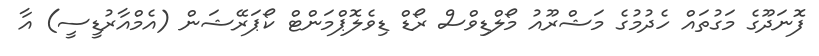
ފޮނަދޫގެ މަގުތައް ހެދުމުގެ މަޝްރޫއު މޯލްޑިވްސް ރޯޑް ޑިވެލޮޕްމަންޓް ކޯޕަރޭޝަން (އެމްއާރުޑީސީ) އާ